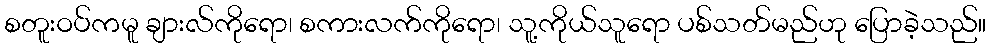
စတူးဝပ်ကမူ ချားလ်ကိုရော၊ စကားလက်ကိုရော၊ သူ့ကိုယ်သူရော ပစ်သတ်မည်ဟု ပြောခဲ့သည်။